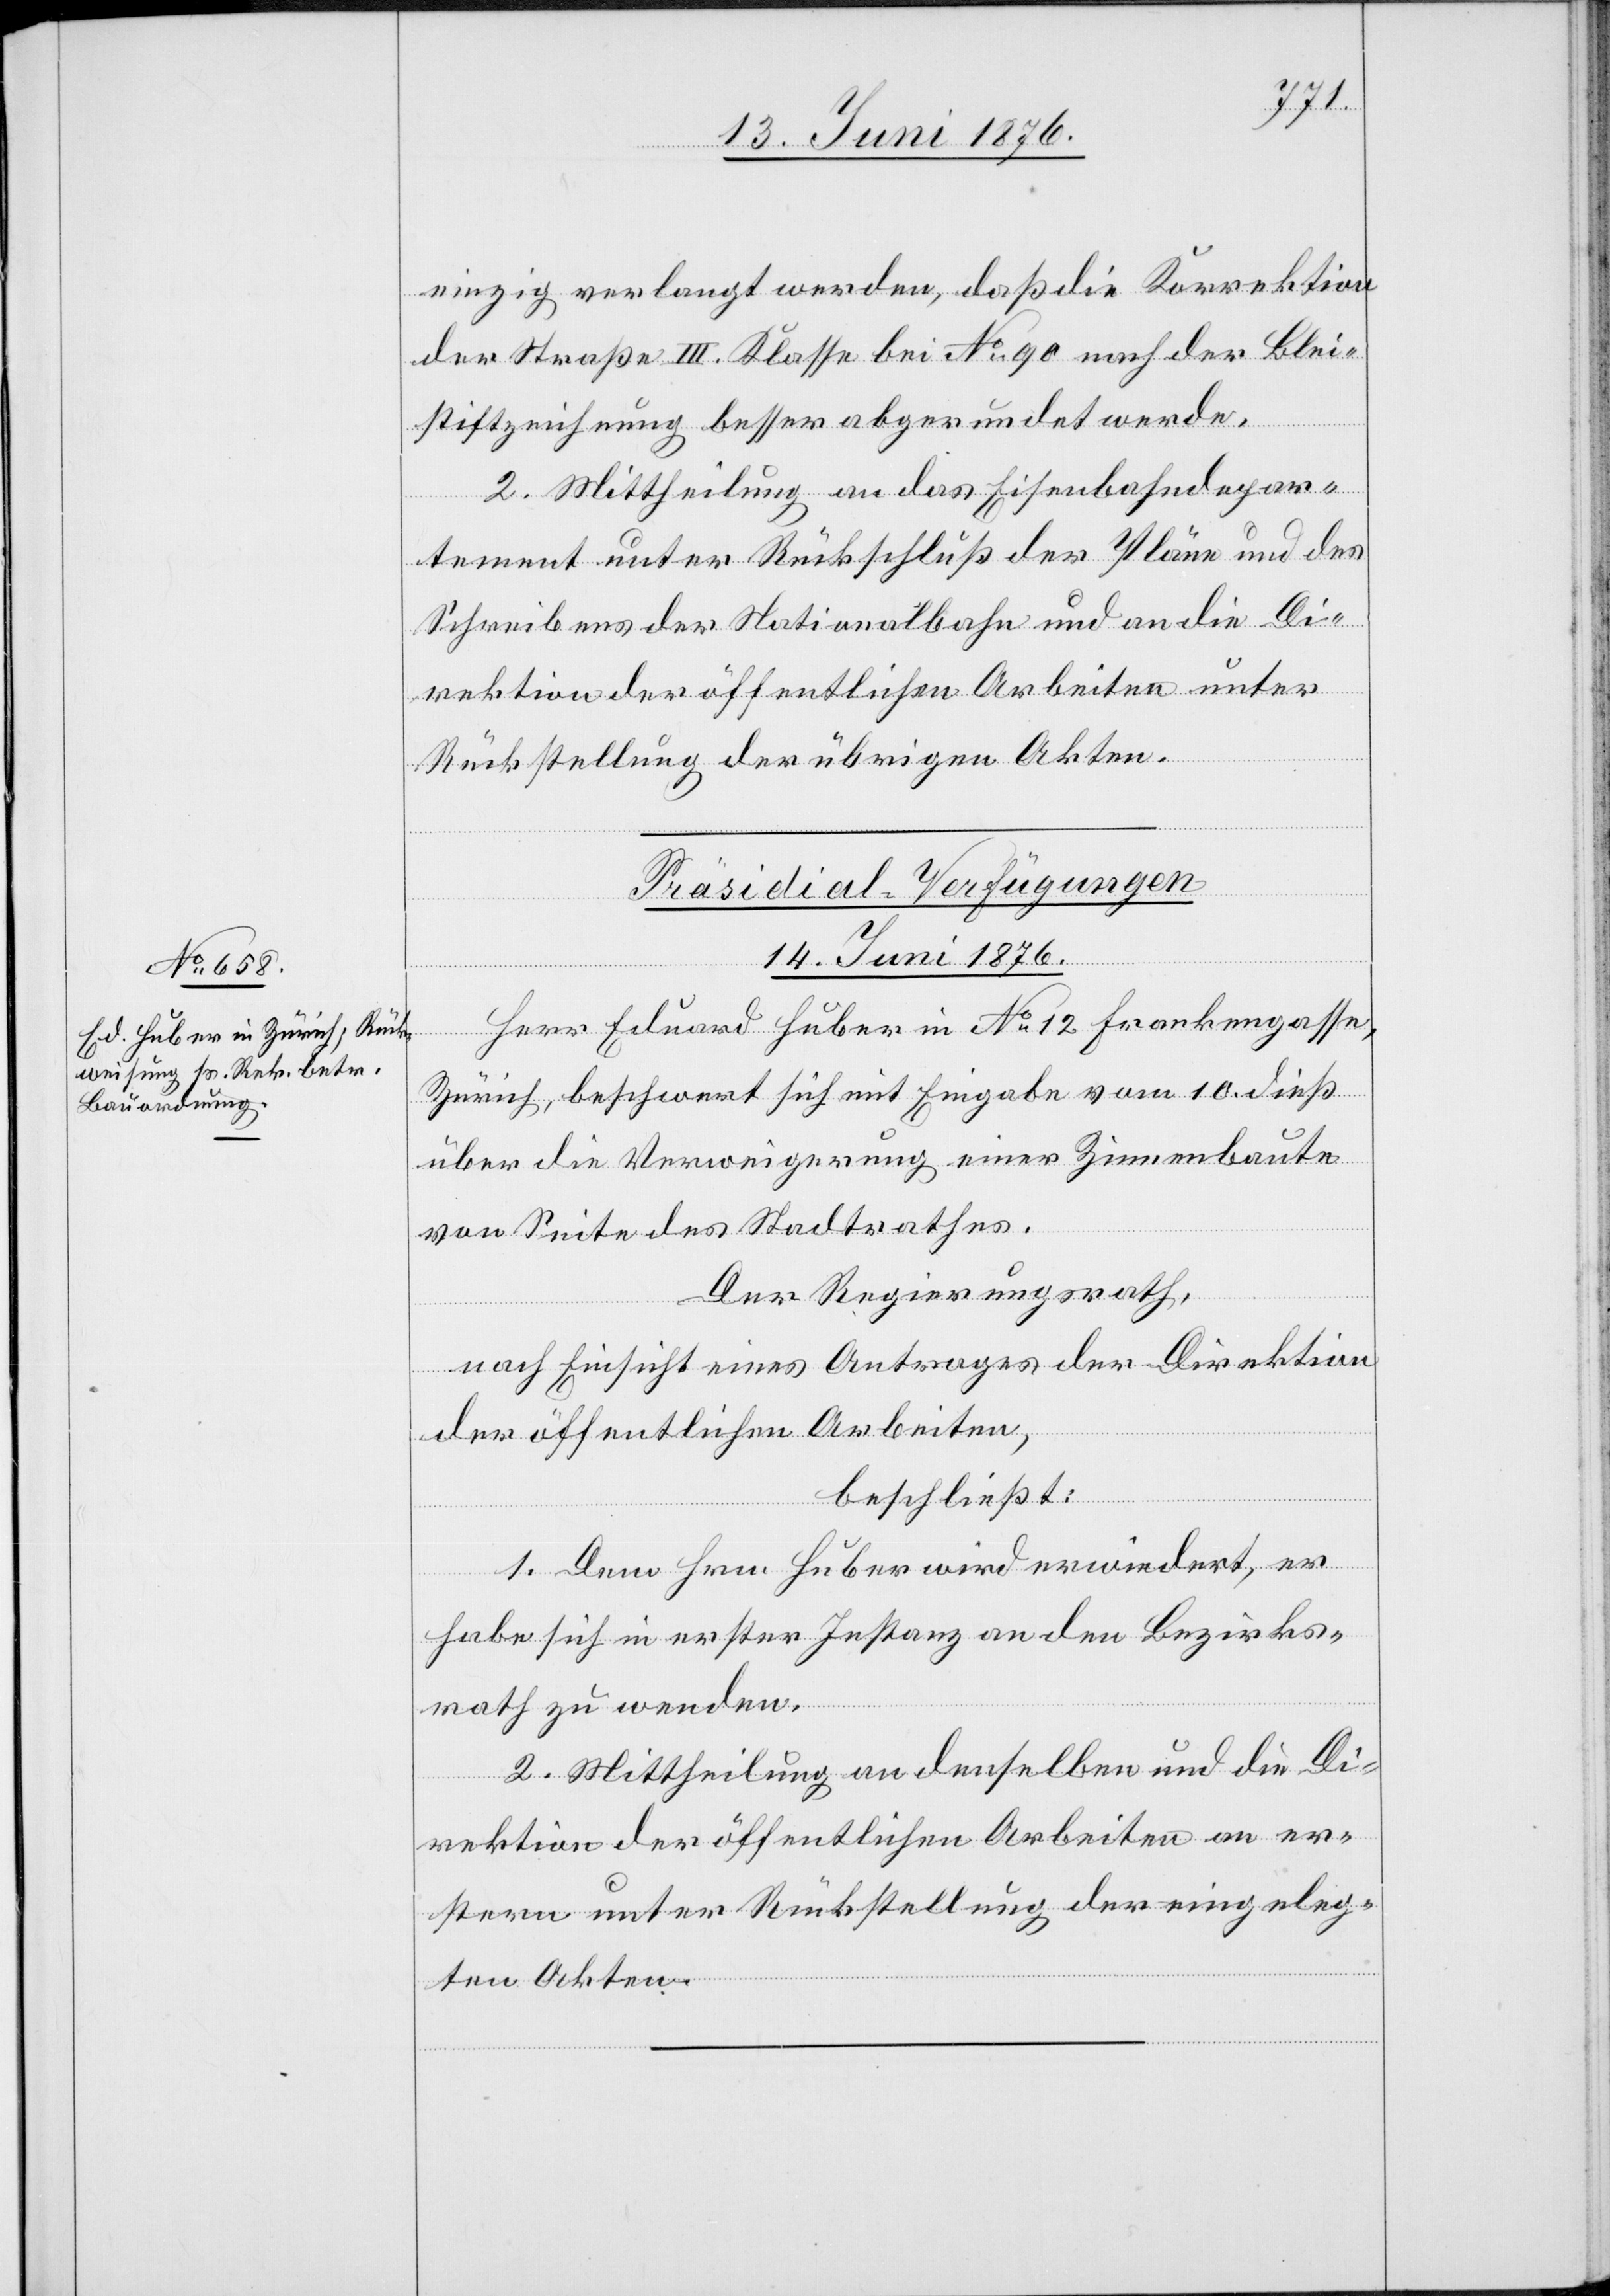
einzig verlangt werden, daß die Korrektion
der Straße III. Klasse bei No 90 nach der Blei¬
stiftzeichnung besser abgerundet werde.
2. Mittheilung an das Eisenbahndepar¬
tement unter Rückschluß der Pläne und des
Schreibens der Nationalbahn und an die Di¬
rektion der öffentlichen Arbeiten unter
Rückstellung der übrigen Akten.
Präsidial-Verfügungen
14. Juni 1876.
Herr Eduard Huber in No 12 Frankengasse,
Zürich, beschwert sich mit Eingabe vom 10. dieß
über die Verweigerung einer Zimmerbaute
von Seite des Stadtrathes.
Der Regierungsrath,
nach Einsicht eines Antrages der Direktion
der öffentlichen Arbeiten,
beschließt:
1. Dem Hrn. Huber wird erwiedert, er
habe sich in erster Instanz an den Bezirks¬
rath zu wenden.
2. Mittheilung an denselben und an die Di¬
rektion der öffentlichen Arbeiten an er¬
stere unter Rückstellung der eingeleg¬
ten Akten.